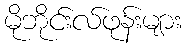
မိုဘိုင်းလ်ဖုန်းများ